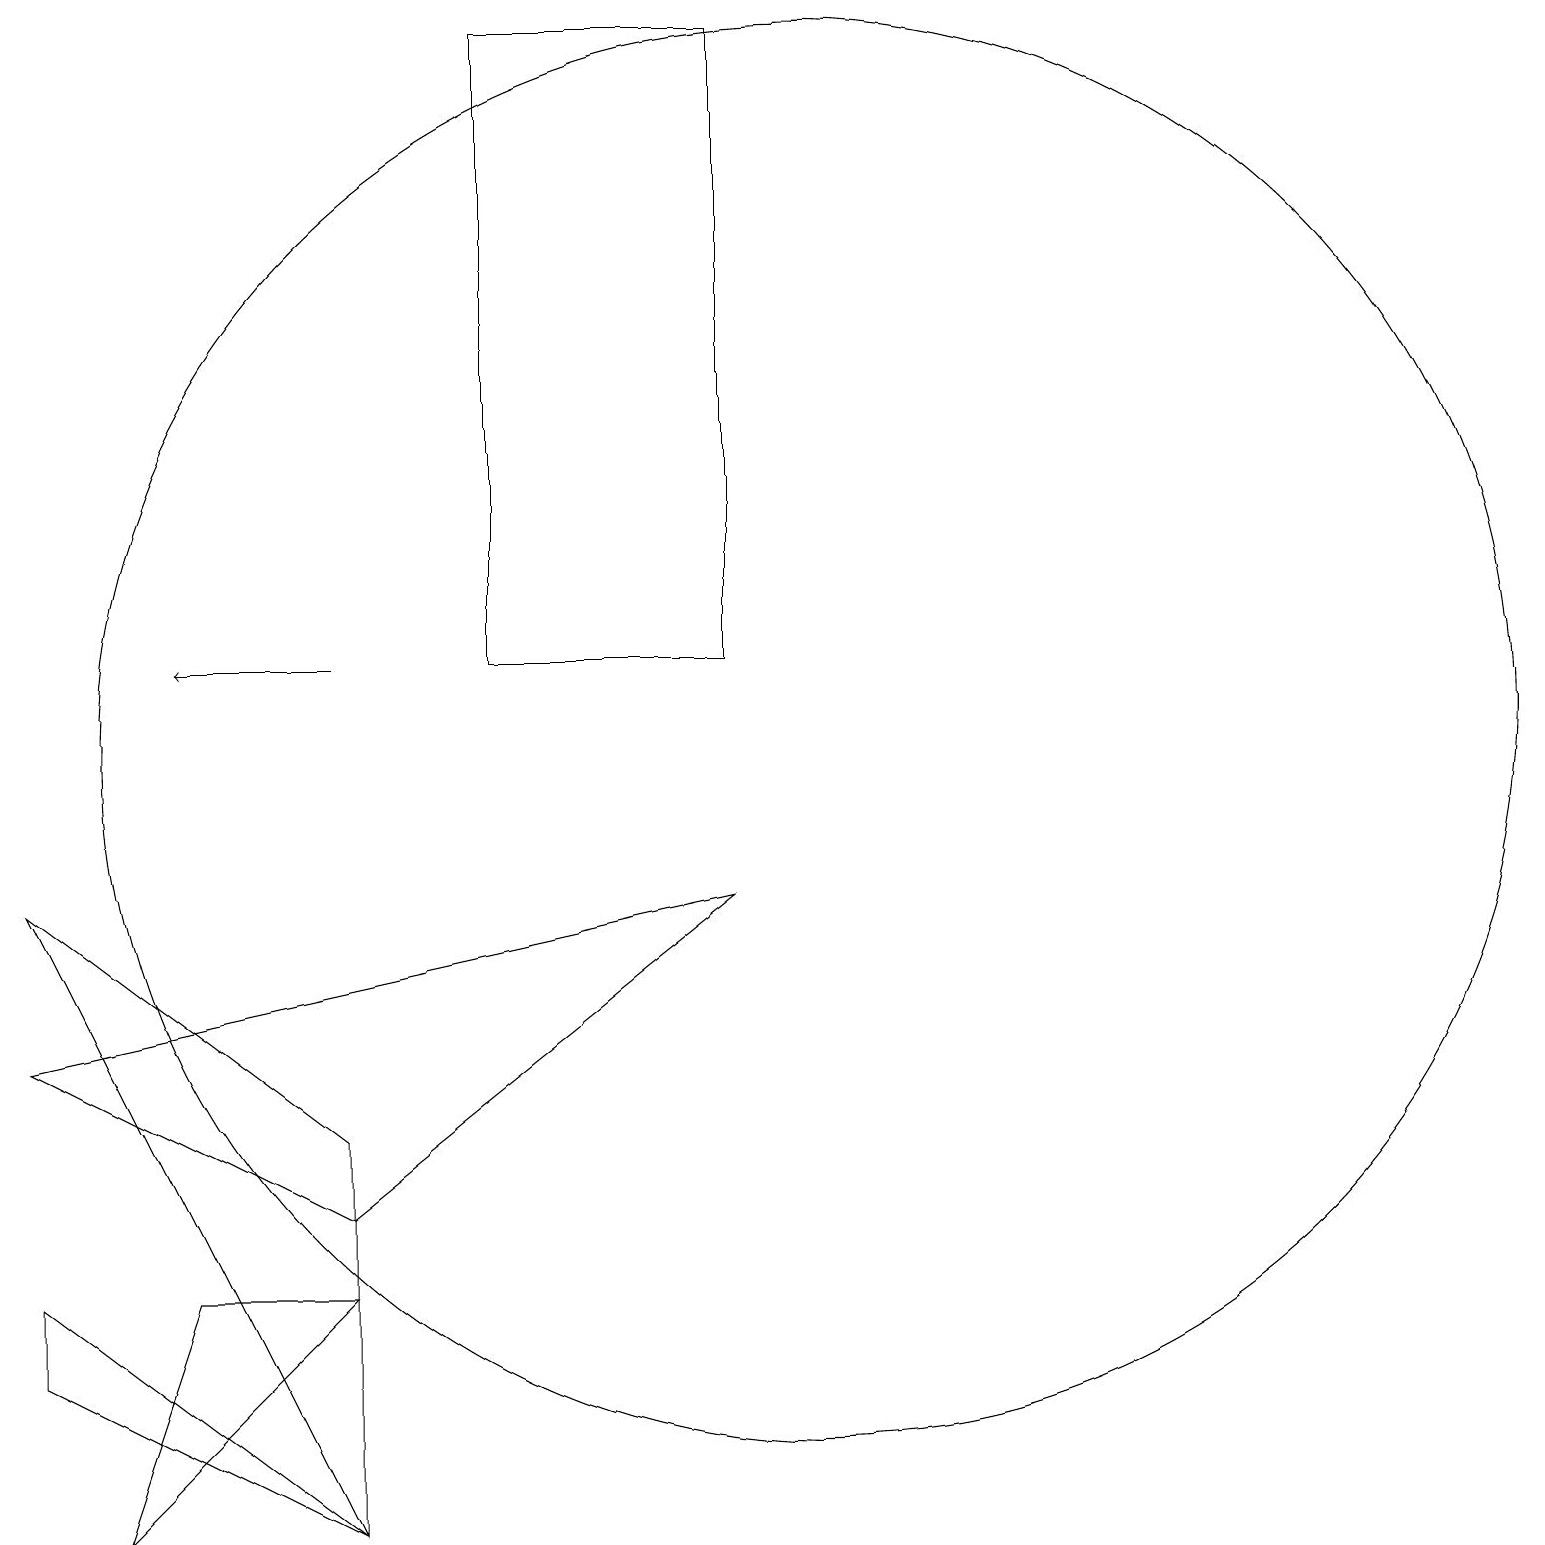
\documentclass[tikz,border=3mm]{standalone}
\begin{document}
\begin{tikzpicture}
\draw (9,8) -- (0,6) -- (4,4) -- cycle;
\draw (10,10) circle (9);
\draw (0,2) -- (4,0) -- (0,3) -- cycle;
\draw (6,11) rectangle (9,19);
\draw (2,3) -- (1,0) -- (4,3) -- cycle;
\draw[->] (4,11) -- (2,11);
\draw (0,8) -- (4,5) -- (4,0) -- cycle;
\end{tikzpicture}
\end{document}